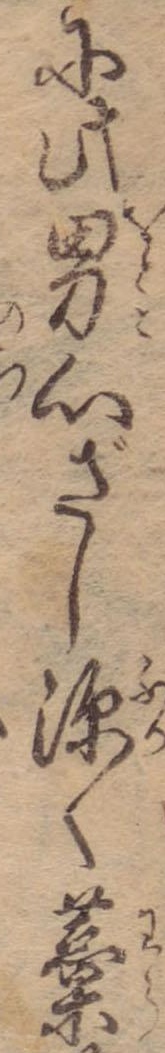
に此男心ざし深く藁